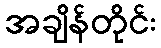
အချိန်တိုင်း